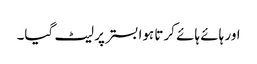
اور ہائے ہائے کرتا ہوا بستر پر لیٹ گیا۔